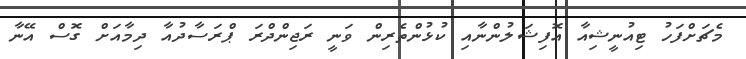
މެޗަށްފަހު ޓިއުނީޝިއާ އޮފިޝަލުންނާއި ކުޅުންތެރިން ވަނީ ރަޖިންދްރަ ޕްރަސާދުއާ ދިމާއަށް ގޮސް އޭނާ